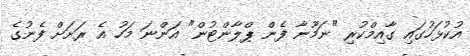
އުކުޅަހުގައި ގާއިމްކުރި "ނަމޫނާ ފެން ޕްލާންޓުން" އަންނަ މަހު އެ ރަށަށް ފެނުގެ